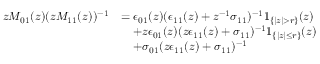
\begin{array} { r l } { z M _ { 0 1 } ( z ) ( z M _ { 1 1 } ( z ) ) ^ { - 1 } } & { = \epsilon _ { 0 1 } ( z ) ( \epsilon _ { 1 1 } ( z ) + z ^ { - 1 } \sigma _ { 1 1 } ) ^ { - 1 } 1 _ { \{ | z | > r \} } ( z ) } \\ & { \quad + z \epsilon _ { 0 1 } ( z ) ( z \epsilon _ { 1 1 } ( z ) + \sigma _ { 1 1 } ) ^ { - 1 } 1 _ { \{ | z | \le r \} } ( z ) } \\ & { \quad + \sigma _ { 0 1 } ( z \epsilon _ { 1 1 } ( z ) + \sigma _ { 1 1 } ) ^ { - 1 } } \end{array}